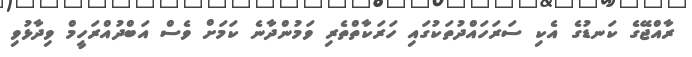
ރާއްޖޭގެ ކަނޑުގެ އެކި ސަރަހައްދުތަކުގައި ހަރަކާތްތެރި ވަމުންދާނެ ކަމަށް ވެސް އަބްދުއްރަހީމް ވިދާޅުވި